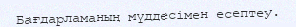
Бағдарламаның мүддесімен есептеу.